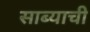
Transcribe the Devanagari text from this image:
साब्याची